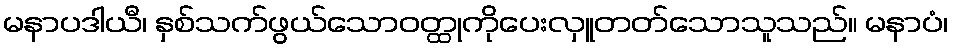
မနာပဒါယီ၊ နှစ်သက်ဖွယ်သောဝတ္ထုကိုပေးလှူတတ်သောသူသည်။ မနာပံ၊